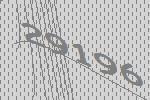
29196